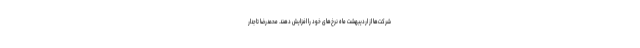
شرکت‌ها از اردیبهشت ماه نرخ‌های خود را افزایش دهند. محمدرضا تاجدار